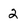
Character: 2